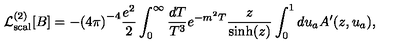
{ \cal L } _ { \mathrm { s c a l } } ^ { ( 2 ) } [ B ] = - { ( 4 \pi ) } ^ { - 4 } { \frac { e ^ { 2 } } { 2 } } \int _ { 0 } ^ { \infty } { \frac { d T } { T ^ { 3 } } } e ^ { - m ^ { 2 } T } { \frac { z } { \sinh ( z ) } } \int _ { 0 } ^ { 1 } d u _ { a } A ^ { \prime } ( z , u _ { a } ) ,